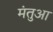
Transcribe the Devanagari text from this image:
मंतुआ